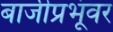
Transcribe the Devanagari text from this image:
बाजीप्रभूंवर